Reports on military cantonments and civil stations in the Presidency of Bombay inspected by the Sanitary Commissioner in the years 1875 and 1876
Year: 1875
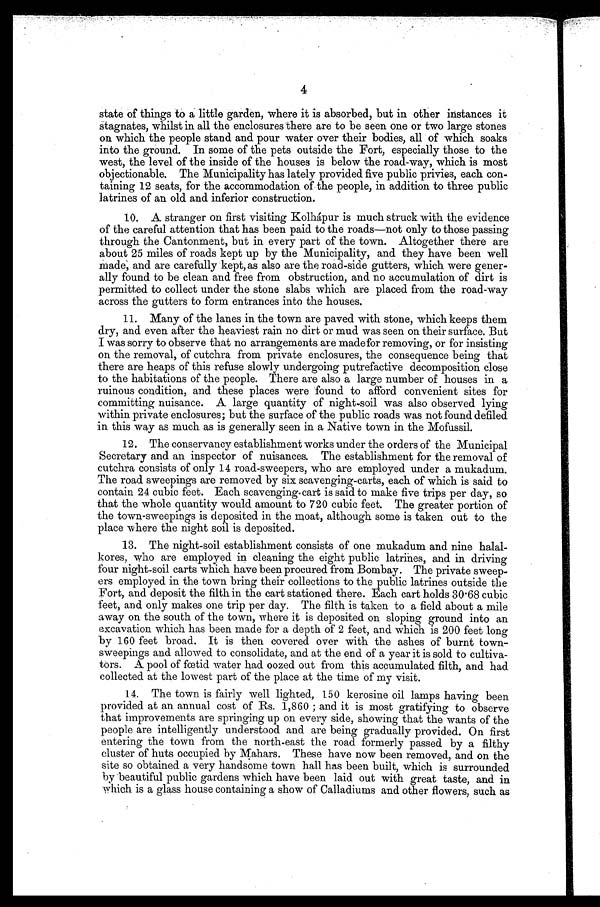
4
state of things to a little garden, where it is absorbed, but in other instances it
Stagnate, whilst in all the enclosures there are to be seen one or two large stones
on which the people stand and pour water over their bodies, all of which soaks
into the ground. In some of the pets outside the Fort, especially those to the
west, the level of the inside of the houses is below the road-way, which is most
objectionable. The Municipality has lately provided five public privies, each con-
taining 12 seats, for the accommodation of the people, in addition to three public
latrines of an old and inferior construction.
10. A stranger on first visiting Kolhápur is much struck with the evidence
of the careful attention that has been paid to the roads—not only to those passing
through the Cantonment, but in every part of the town. Altogether there are
about 25 miles of roads kept up by the Municipality, and they have been well
Made, and are carefully kept, as also are the road-side gutters, which were gener-
ally found to be clean and free from obstruction, and no accumulation of dirt is
permitted to collect under the stone slabs which are placed from the road-way
across the gutters to form entrances into the houses.
11. Many of the lanes in the town are paved with stone, which keeps them
dry, and even after the heaviest rain no dirt or mud was seen on their surface. But
was sorry to observe that no arrangements are madefor removing, or for insisting
on the removal, of cutchra from private enclosures, the consequence being that
there are heaps of this refuse slowly undergoing putrefactive decomposition close
to the habitations of the people. There are also a large number of houses in a
ruinous condition, and these places were found to afford convenient sites for
committing nuisance. A large quantity of night-soil was also observed lying
within private enclosures; but the surface of the public roads was not found defiled
in this way as much as is generally seen in a Native town in the Mofussil.
12. The conservancy establishment works under the orders of the Municipal
Secretary and an inspector of nuisances. The establishment for the removal of
cutchra consists of only 14 road-sweepers, who are employed under a mukadum.
The road sweepings are removed by six scavenging-carts, each of which is said to
contain 24 cubic feet. Each scavenging-cart is said to make five trips per day, so
that the whole quantity would amount to 720 cubic feet. The greater portion of
the town-sweepings is deposited in the moat, although some is taken out to the
place where the night soil is deposited.
13. The night-soil establishment consists of one mukadum and nine halal-
kores, who are employed in cleaning the eight public latrines, and in driving
four night-soil carts which have been procured from Bombay. The private sweep-
ers employed in the town bring their collections to the public latrines outside the
Fort, and deposit the filth in the cart stationed there. Each cart holds 30.68 cubic
feet, and only makes one trip per day. The filth is taken to a field about a mile
away on the south of the town, where it is deposited on sloping ground into an
excavation which has been made for a depth of 2 feet, and which is 200 feet long
by 160 feet broad. It is then covered over with the ashes of burnt town-
sweepings and. allowed to consolidate, and at the end of a year it is sold to cultiva-
tors. A pool. of fœtid water had oozed out from this accumulated filth, and bad
collected at the lowest part of the place at the time of my visit.
14. The town is fairly well lighted, 150 kerosine oil lamps having been
provided at an annual cost of Rs. 1,860 ; and it is most gratifying to observe
that improvements are springing up on every side, showing that the wants of the
people are intelligently understood and are being gradually provided. On first
entering the town from the north-east the road formerly passed by a filthy
cluster of huts occupied by Mahars. These have now been removed, and on the
site so obtained a very handsome town hall has been built, which is surrounded
by beautiful public gardens which have been laid out with great taste, and in
which is a glass house containing a show of Calladiums and other flowers, such as